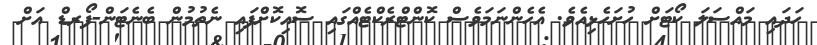
ހަދައި މައްސަލަ ކޯޓަށް ހުށަހެޅިއެވެ. އެހެންނަމަވެސް ކޮންޓްރެކްޓެއްގައި ސޮއިކޮށްފައި ނެތުމުން ބެނެޓަން-ފޯރޑް އަށް